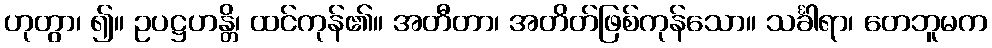
ဟုတွာ၊ ၍။ ဥပဋ္ဌဟန္တိ၊ ထင်ကုန်၏။ အတီတာ၊ အတိတ်ဖြစ်ကုန်သော။ သင်္ခါရာ၊ တေဘူမက